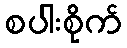
စပါးစိုက်